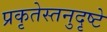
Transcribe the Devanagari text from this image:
प्रकृतेस्तनुदृष्टे